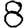
Digit: 8